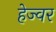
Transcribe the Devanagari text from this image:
हेज्वर